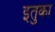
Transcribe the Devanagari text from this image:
इतुका